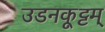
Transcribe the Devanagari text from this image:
उडनकूट्टम्